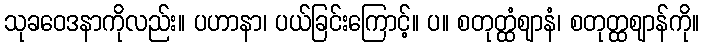
သုခဝေဒနာကိုလည်း။ ပဟာနာ၊ ပယ်ခြင်းကြောင့်။ ပ။ စတုတ္ထံဈာနံ၊ စတုတ္ထဈာန်ကို။